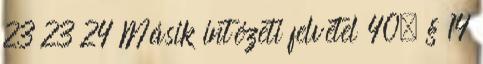
23 23 24 Másik intézeti felvétel 40. § 14